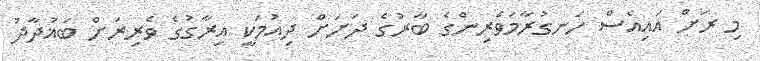
މި ރަށް އައިއެސް ހަނގުރާމަވެރިންގެ ބާރުގެ ދަށަށް ދިއުމަކީ އިރާގުގެ ވެރިރަށް ބަޣުދާދު